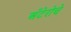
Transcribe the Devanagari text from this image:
अँटेरोचे